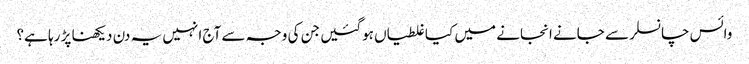
وائس چانسلر سے جانے انجانے میں کیا غلطیاں ہوگئیں جن کی وجہ سے آج انہیں یہ دن دیکھنا پڑ رہا ہے؟